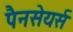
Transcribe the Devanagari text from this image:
पैनसेयर्स